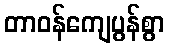
တာဝန်ကျေပွန်စွာ